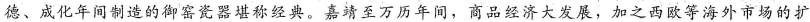
德、成化年间制造的御窑瓷器堪称经典。嘉靖至万历年间，商品经济大发展，加之西欧等海外市场的扩